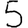
Digit: 5